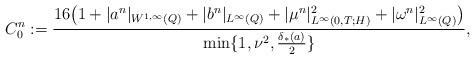
LaTeX: \begin{align*} C_0^n := \frac{16 \bigl( 1 +| a^n|_{W^{1, \infty}(Q)} +|b^n|_{L^\infty(Q)} +|\mu^n|_{L^\infty(0, T; H)}^2 +|\omega^n|_{L^\infty(Q)}^2 \bigr)}{\min \{1, \nu^2, \frac{\delta_*(a)}{2}\}}, \end{align*}